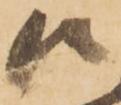
候